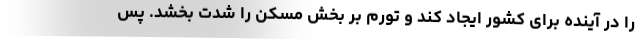
را در آینده برای کشور ایجاد کند و تورم بر بخش مسکن را شدت بخشد. پس